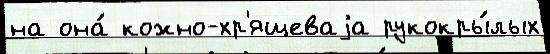
на она́ кожно-хр'ящеваjа рукокры́лых